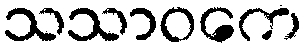
သသာဝကေ